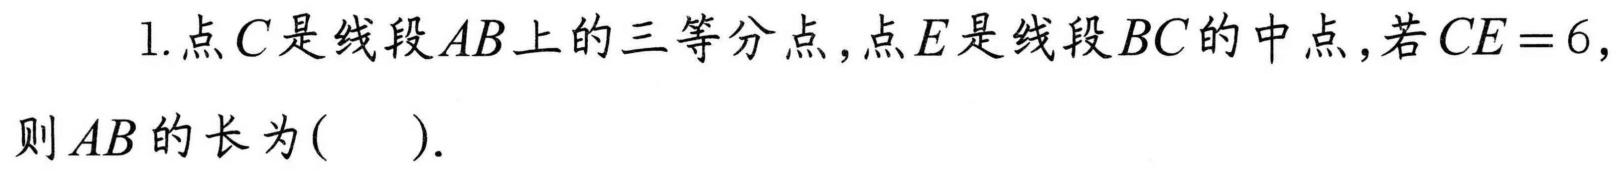
1.点$C$是线段$AB$上的三等分点，点$E$是线段$BC$的中点，若$CE = 6$，
则$AB$的长为( ).